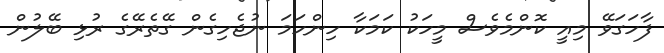
ފާހަގަވޭ މިއީ ކޮންމެވެސް މީހަކު ކަމަކާ ހިންހަމަ ނުޖެހިގެން ގޭތެރޭގެ ރުޅި ބޭލުން